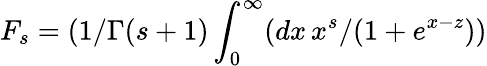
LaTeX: F_{s}=(1/\Gamma(s+1)\int_{0}^{\infty}(dx\, x^{s}/(1+e^{x-z}))